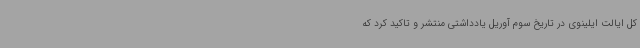
کل ایالت ایلینوی در تاریخ سوم آوریل یادداشتی منتشر و تاکید کرد که